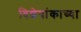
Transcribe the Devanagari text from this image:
विशेषांकाच्या